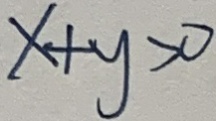
x + y > 0